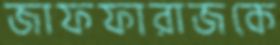
জাফফারাজকে